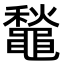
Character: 䵸